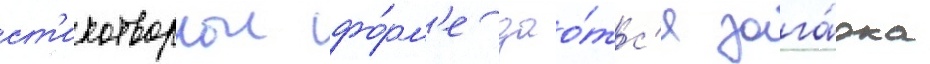
ст'ихотворнои фо́рм'е дао́тс'я зага́дка